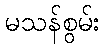
မသန်စွမ်း